Report of the Indian Hemp Drugs Commission, 1894-1895 - Volume IV
Year: 1894
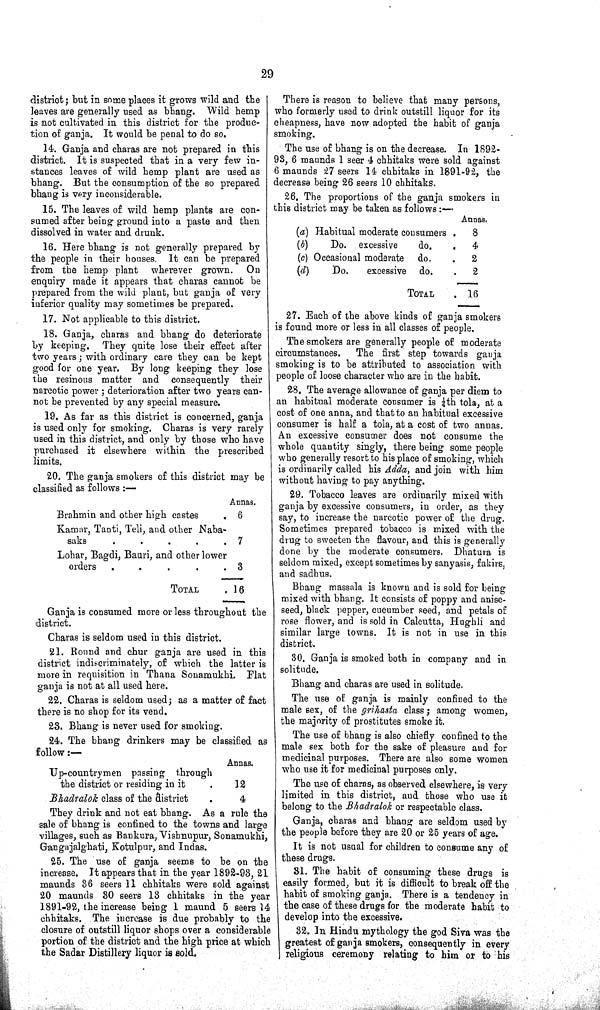
29
district; but in some places it grows wild and the
leaves are generally used as bhang. Wild hemp
is not cultivated in this district for the produc-
tion of ganja. It would be penal to do so.
14. Ganja and charas are not prepared in this
district. It is suspected that in a very few in-
stances leaves of wild hemp plant are used as
bhang. But the consumption of the so prepared
bhang is very inconsiderable.
15. The leaves of wild hemp plants are con-
sumed after being ground into a paste and then
dissolved in water and drunk.
16. Here bhang is not generally prepared by
the people in their houses. It can be prepared
from the hemp plant wherever grown. On
enquiry made it appears that charas cannot be
prepared from the wild plant, but ganja of very
inferior quality may sometimes be prepared.
17. Not applicable to this district.
18. Ganja, charas and bhang do deteriorate
by keeping. They quite lose their effect after
two years; with ordinary care they can be kept
good for one year. By long keeping they lose
the resinous matter and consequently their
narcotic power; deterioration after two years can-
not be prevented by any special measure.
19. As far as this district is concerned, ganja
is used only for smoking. Charas is very rarely
used in this district, and only by those who have
purchased it elsewhere within the prescribed
limits.
20. The ganja smokers of this district may be
classified as follows:—
Annas,
Brahmin and other high castes
6
Kamar, Tanti, Teli, and other Naba-
saks
7
Lohar, Bagdi, Bauri, and other lower
orders
3
TOTAL
16
Ganja is consumed more or less throughout the
district.
Charas is seldom used in this district.
21. Round and chur ganja are used in this
district indiscriminately, of which the latter is
more in requisition in Thana Sonamukhi. Flat
ganja is not at all used here.
22. Charas is seldom used; as a matter of fact
there is no shop for its vend.
23. Bhang is never used for smoking.
24. The bhang drinkers may be classified as
follow:—
Annas.
Up-countrymen passing through
the district or residing in it
12
Bhadralok class of the district
4
They drink and not eat bhang. As a rule the
sale of bhang is confined to the towns and large
villages, such as Bankura, Vishnupur, Sonamukhi,
Gangajalghati, Kotulpur, and Indas.
25. The use of ganja seems to be on the
increase. It appears that in the year 1892-93, 21
maunds 36 seers 11 chhitaks were sold against
20 maunds 30 seers 13 chhitaks in the year
1891-92, the increase being 1 maund 5 seers 14
chhitaks. The increase is due probably to the
closure of outstill liquor shops over a considerable
portion of the district and the high price at which
the Sadar Distillery liquor is sold.
There is reason to believe that many persons,
who formerly used to drink outstill liquor for its
cheapness, have now adopted the habit of ganja
smoking.
The use of bhang is on the decrease. In 1892-
93, 6 maunds 1 seer 4 chhitaks were sold against
6 maunds 27 seers 14 chhitaks in 1891-92, the
decrease being 26 seers 10 chhitaks.
26. The proportions of the ganja smokers in
this district may be taken as follows:—
Annas.
(a) Habitual moderate consumers
8
(b)
Do. excessive
do.
4
(c) Occasional moderate do.
2
(d)
Do.
excessive do.
2
TOTAL
16
27. Each of the above kinds of ganja smokers
is found more or less in all classes of people.
The smokers are generally people of moderate
circumstances.
The first step towards ganja
smoking is to be attributed to association with
people of loose character who are in the habit.
28. The average allowance of ganja per diem to
an habitual moderate consumer is 1/4th tola, at a
cost of one anna, and that to an habitual excessive
consumer is half a tola, at a cost of two annas.
An excessive consumer does not consume the
whole quantity singly, there being some people
who generally resort to his place of smoking, which
is ordinarily called his Adda, and join with him
without having to pay anything.
29. Tobacco leaves are ordinarily mixed with
ganja by excessive consumers, in order, as they
say, to increase the narcotic power of the drug.
Sometimes prepared tobacco is mixed with the
drug to sweeten the flavour, and this is generally
done by the moderate consumers. Dhatura is
seldom mixed, except sometimes by sanyasis, fakirs,
and sadhus.
Bhang massala is known and is sold for being
mixed with bhang. It consists of poppy and anise-
seed, black pepper, cucumber seed, and petals of
rose flower, and is sold in Calcutta, Hughli and
similar large towns. It is not in use in this
district.
30. Ganja is smoked both in company and in
solitude.
Bhang and charas are used in solitude.
The use of ganja is mainly confined to the
male sex, of the grihasta class; among women,
the majority of prostitutes smoke it.
The use of bhang is also chiefly confined to the
male sex both for the sake of pleasure and for
medicinal purposes. There are also some women
who use it for medicinal purposes only.
The use of charas, as observed elsewhere, is very
limited in this district, and those who use it
belong to the Bhadralok or respectable class.
Ganja, charas and bhang are seldom used by
the people before they are 20 or 25 years of age.
It is not usual for children to consume any of
these drugs.
31. The habit of consuming these drugs is
easily formed, but it is difficult to break off the
habit of smoking ganja. There is a tendency in
the case of these drugs for the moderate habit to
develop into the excessive.
32. In Hindu mythology the god Siva was the
greatest of ganja smokers, consequently in every
religious ceremony relating to him or to his